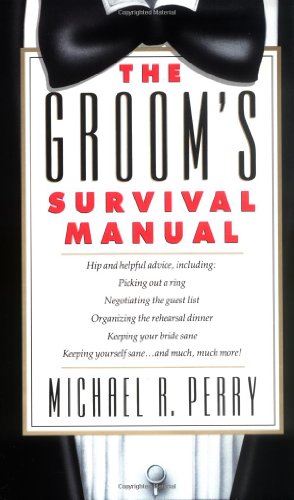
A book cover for The Groom's Survival Manual; Michael R. Perry; Crafts, Hobbies & Home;